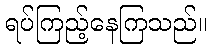
ရပ်ကြည့်နေကြသည်။